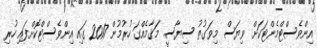
އިންވެސްޓްމެންޓަކަށް ވިޔަސް މިވަގުތު ސިޔާސީ މަޤާމެއްގަ ހުރުމުން 2017 ގައި އިންވެސްޓްކޮށްފައި ހުރި